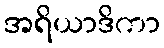
အရိယာဒိကာ